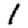
Digit: 1